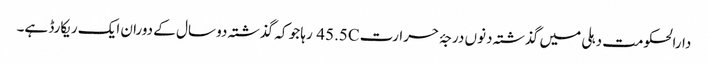
دارالحکومت دہلی میں گذشتہ دنوں درجۂ حرارت 45.5C رہا جو کہ گذشتہ دو سال کے دوران ایک ریکارڈ ہے۔